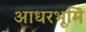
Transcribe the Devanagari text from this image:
आधरभूमि